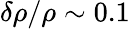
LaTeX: \delta\rho/\rho\sim 0.1